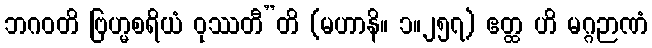
ဘဂဝတိ ဗြဟ္မစရိယံ ဝုဿတီ”တိ (မဟာနိ။ ၁။၂၅၇) ဧတ္ထ ဟိ မဂ္ဂဉာဏံ